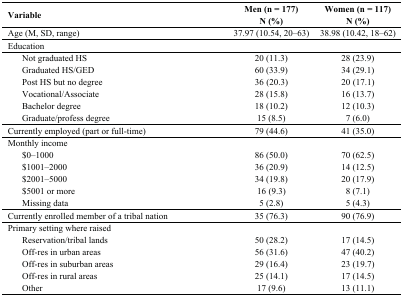
<table><thead><tr><td><b>Variable</b></td><td><b>Men (n = 177)N (%)</b></td><td><b>Women (n = 117)N (%)</b></td></tr></thead><tbody><tr><td>Age (M, SD, range)</td><td>37.97 (10.54, 20–63)</td><td>38.98 (10.42, 18–62)</td></tr><tr><td>Education</td><td></td><td></td></tr><tr><td>Not graduated HS</td><td>20 (11.3)</td><td>28 (23.9)</td></tr><tr><td>Graduated HS/GED</td><td>60 (33.9)</td><td>34 (29.1)</td></tr><tr><td>Post HS but no degree</td><td>36 (20.3)</td><td>20 (17.1)</td></tr><tr><td>Vocational/Associate</td><td>28 (15.8)</td><td>16 (13.7)</td></tr><tr><td>Bachelor degree</td><td>18 (10.2)</td><td>12 (10.3)</td></tr><tr><td>Graduate/profess degree</td><td>15 (8.5)</td><td>7 (6.0)</td></tr><tr><td>Currently employed (part or full-time)</td><td>79 (44.6)</td><td>41 (35.0)</td></tr><tr><td>Monthly income</td><td></td><td></td></tr><tr><td>$0–1000</td><td>86 (50.0)</td><td>70 (62.5)</td></tr><tr><td>$1001–2000</td><td>36 (20.9)</td><td>14 (12.5)</td></tr><tr><td>$2001–5000</td><td>34 (19.8)</td><td>20 (17.9)</td></tr><tr><td>$5001 or more</td><td>16 (9.3)</td><td>8 (7.1)</td></tr><tr><td>Missing data</td><td>5 (2.8)</td><td>5 (4.3)</td></tr><tr><td>Currently enrolled member of a tribal nation</td><td>35 (76.3)</td><td>90 (76.9)</td></tr><tr><td>Primary setting where raised</td><td></td><td></td></tr><tr><td>Reservation/tribal lands</td><td>50 (28.2)</td><td>17 (14.5)</td></tr><tr><td>Off-res in urban areas</td><td>56 (31.6)</td><td>47 (40.2)</td></tr><tr><td>Off-res in suburban areas</td><td>29 (16.4)</td><td>23 (19.7)</td></tr><tr><td>Off-res in rural areas</td><td>25 (14.1)</td><td>17 (14.5)</td></tr><tr><td>Other</td><td>17 (9.6)</td><td>13 (11.1)</td></tr></tbody></table>